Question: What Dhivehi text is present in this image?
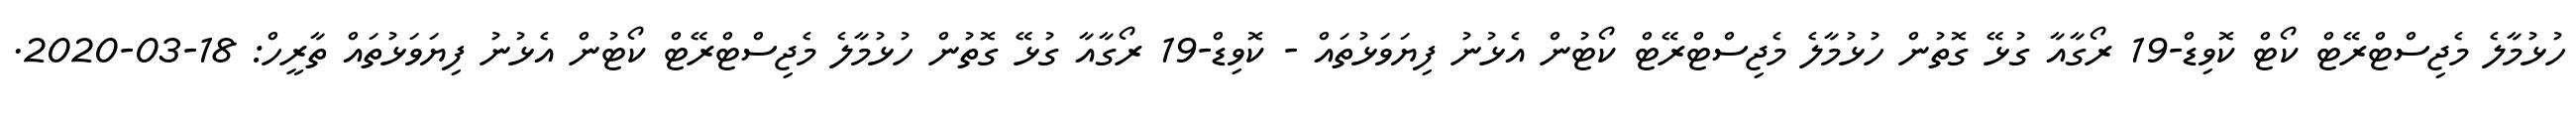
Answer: ހުޅުމާލެ މެޖިސްޓްރޭޓް ކޯޓް ކޮވިޑް-19 ރޯގާއާ ގުޅޭ ގޮތުން ހުޅުމާލެ މެޖިސްޓްރޭޓް ކޯޓުން އެޅުނު ފިޔަވަޅުތައް - ކޮވިޑް-19 ރޯގާއާ ގުޅޭ ގޮތުން ހުޅުމާލެ މެޖިސްޓްރޭޓް ކޯޓުން އެޅުނު ފިޔަވަޅުތައް ތާރީހް: 18-03-2020.